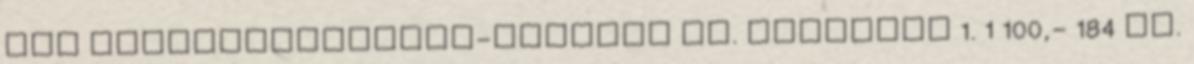
PHD VILLAMOSENERGIA-ELLÁTÁS II. PÉLDATÁR 1. 1 100,- 184 DR.